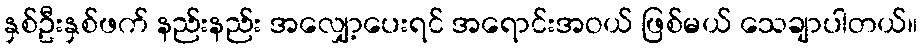
နှစ်ဦးနှစ်ဖက် နည်းနည်း အလျှော့ပေးရင် အရောင်းအဝယ် ဖြစ်မယ် သေချာပါတယ်။